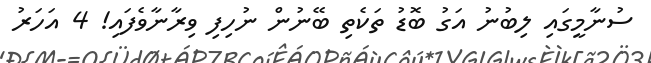
ސުނާމީގައި ލިބުނު އަގު ބޮޑު ތަކެތި ބޭނުން ނުހިފި ވިރާނާވެފައި! 4 އަހަރު